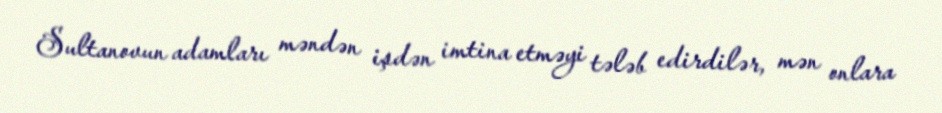
Sultanovun adamları məndən işdən imtina etməyi tələb edirdilər, mən onlara